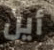
أين